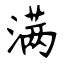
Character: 满